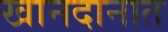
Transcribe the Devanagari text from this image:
खानदानात